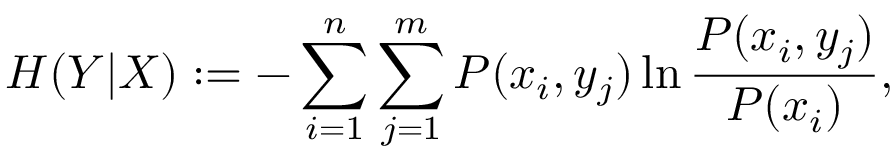
H ( Y | X ) : = - \sum _ { i = 1 } ^ { n } \sum _ { j = 1 } ^ { m } P ( x _ { i } , y _ { j } ) \ln \frac { P ( x _ { i } , y _ { j } ) } { P ( x _ { i } ) } ,